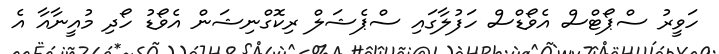
ހަވީރު ސްޕޯޓްސް އެވޯޑްސް ހަފުލާގައި ސްޕެޝަލް ރިކޮގްނިޝަން އެވޯޑު ހޯދި މުއީނާއާ އެ